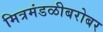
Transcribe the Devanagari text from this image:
मित्रमंडळीबरोबर